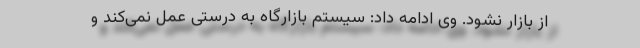
از بازار نشود. وی ادامه داد: سیستم بازارگاه به درستی عمل نمی‌کند و‌